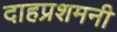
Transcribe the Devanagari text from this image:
दाहप्रशमनी